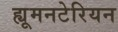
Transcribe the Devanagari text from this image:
ह्यूमनटेरियन